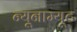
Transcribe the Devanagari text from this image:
न्यूनाम्यूट